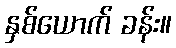
နှစ်ယောက် ခန်း။